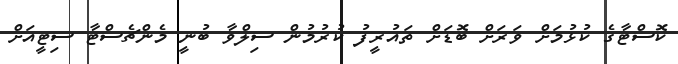
ކޮސްޓާގެ ކުޅުމަށް ވަރަށް ބޮޑަށް ތައުރީފު ކުރުމުން ސިލްވާ ބުނީ މެންޗެސްޓާ ސިޓީއަށް